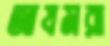
আযমরা